Sketch of the medical history of the native army of Bombay, for the year
Year: 1876
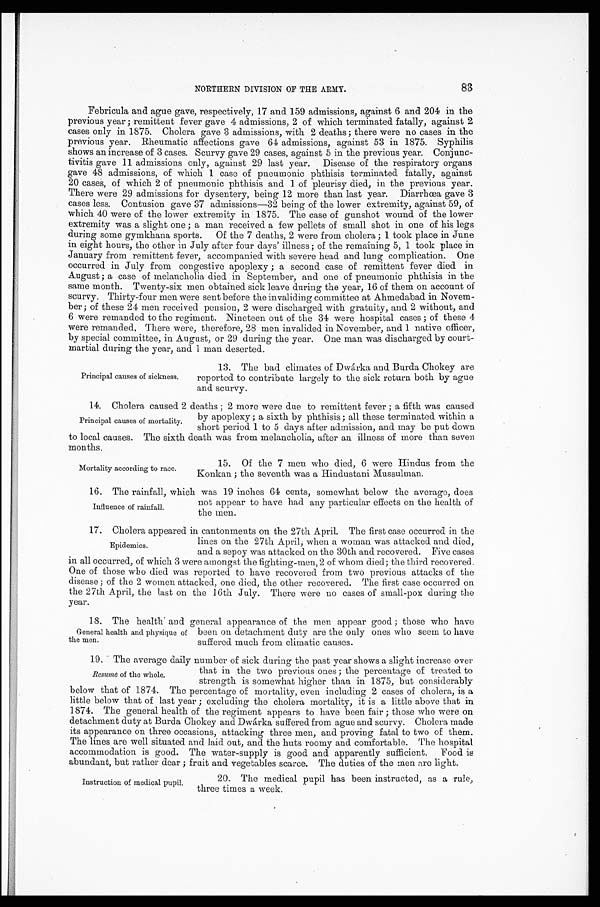
83
NORTHERN DIVISION OF THE ARMY.
Febricula and ague gave, respectively, 17 and 159 admissions, against 6 and 204 in the
previous year; remittent fever gave 4 admissions, 2 of which terminated fatally, against 2
cases only in 1875. Cholera gave 3 admissions, with 2 deaths; there were no cases in the
previous year. Rheumatic affections gave 64 admissions, against 53 in 1875. Syphilis
shows an increase of 3 cases. Scurvy gave 29 cases, against 5 in the previous year. Conjunc-
tivitis gave 11 admissions only, against 29 last year. Disease of the respiratory organs
gave 48 admissions, of which 1 case of pneumonic phthisis terminated fatally, against
20 cases, of which 2 of pneumonic phthisis and 1 of pleurisy died, in the previous year.
There were 29 admissions for dysentery, being 12 more than last year. Diarrhœa gave 3
cases less. Contusion gave 37 admissions—32 being of the lower extremity, against 59, of
which 40 were of the lower extremity in 1875. The case of gunshot wound of the lower
extremity was a slight one; a man received a few pellets of small shot in one of his legs
during some gymkhana sports. Of the 7 deaths, 2 were from cholera; 1 took place in June
in eight hours, the other in July after four days' illness; of the remaining 5, 1 took place in
January from remittent fever, accompanied with severe head and lung complication. One
occurred in July from congestive apoplexy; a second case of remittent fever died in
August; a case of melancholia died in September, and one of pneumonic phthisis in the
same month. Twenty-six men obtained sick leave during the year, 16 of them on account of
scurvy. Thirty-four men were sent before the invaliding committee at Ahmedabad in Novem
-ber; of these 24 men received pension, 2 were discharged with gratuity, and 2 without, and
6 were remanded to the regiment. Nineteen out of the 34 were hospital cases; of these 4
were remanded, There were, therefore, 28 men invalided in November, and 1 native officer,
by special committee, in August, or 29 during the year. One man was discharged by court
-martial during the year, and 1 man deserted.
Principal causes of sickness.
13. The bad climates of Dwárka and Burda Chokey are
reported to contribute largely to the sick return both by ague
and scurvy.
14. Cholera caused 2 deaths; 2 more were due to remittent fever; a fifth was caused
by apoplexy; a sixth by phthisis; all these terminated within a
short period 1 to 5 days after admission, and may be put down
to local causes. The sixth death was from melancholia, after an illness of more than seven
months.
Principal causes of mortality.
Mortality according to race.
15. Of the 7 men who died, 6 were Hindus from the
Konkan; the seventh was a Hindustani Mussulman.
1 6 . T h e r a i n f a l l , w h i c h w a s 1 9 i n c h e s 6 4 c e n t s , s o m e w h a t b e l o w t h e a v e r a g e , d o e s
not appear to have had any particular effects on the health of
the men.
17. Cholera appeared in cantonments on the 27th April. The first case occurred in the
lines on the 27th April; when a woman was attacked and died,
and a sepoy was attacked on the 30th and recovered. Five cases
in all occurred, of which 3 were amongst the fighting-men, 2 of whom died; the third recovered.
One of those who died was reported to have recovered from two previous attacks of the
disease; of the 2 women attacked, one died, the other recovered. The first case occurred on
the 27th April, the last on the 16th July. There were no cases of small-pox during the
year.
1 8 . T h e h e a l t h a n d g e n e r a l a p p e a r a n c e o f t h e m e n a p p e a r g o o d ; t h o s e w h o h a v e
been on detachment duty are the only ones who seem to have
suffered much from climatic causes.
19. The average daily number of sick during the past year shows a slight increase over
that in the two previous ones; the percentage of treated to
strength is somewhat higher than in 1875, but considerably
below that of 1874. The percentage of mortality, even including 2 cases of cholera, is a
little below that of last year; excluding the cholera mortality, it is a little above that in
1874. The general health of the regiment appears to have been fair; those who were on
detachment duty at Burda Chokey and Dwárka suffered from ague and scurvy. Cholera made
its appearance on three occasions, attacking three men, and proving fatal to two of them.
The lines are well situated and laid out, and the huts roomy and comfortable. The hospital
accommodation is good. The water-supply is good and apparently sufficient. Food is
abundant, but rather dear; fruit and vegetables scarce. The duties of the men are light.
Influence of rainfall.
Epidemics.
General health and physique of
the men.
Resumé of the whole.
Instruction of medical pupil.
20. The medical pupil has been instructed, as a rule,
three times a week.